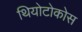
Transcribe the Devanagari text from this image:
थियोटोकोस